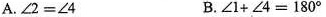
A. $$\angle2=\angle4$$ B. $$\angle1+\angle4=180^{\circ}$$